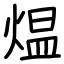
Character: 煴